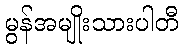
မွန်အမျိုးသားပါတီ